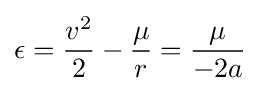
\epsilon ={v^{2} \over 2}-{\mu  \over {r}}={\mu  \over {-2a}}